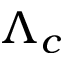
\Lambda _ { c }